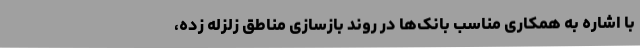
با اشاره به همکاری مناسب بانک‌ها در روند بازسازی مناطق زلزله زده،